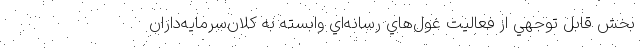
بخش قابل توجهي از فعاليت غول‌هاي رسانه‌اي وابسته به كلان‌سرمايه‌داران